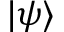
| \psi \rangle